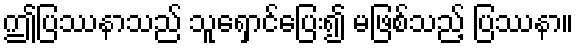
ဤပြဿနာသည် သူရှောင်ပြေး၍ မဖြစ်သည့် ပြဿနာ။